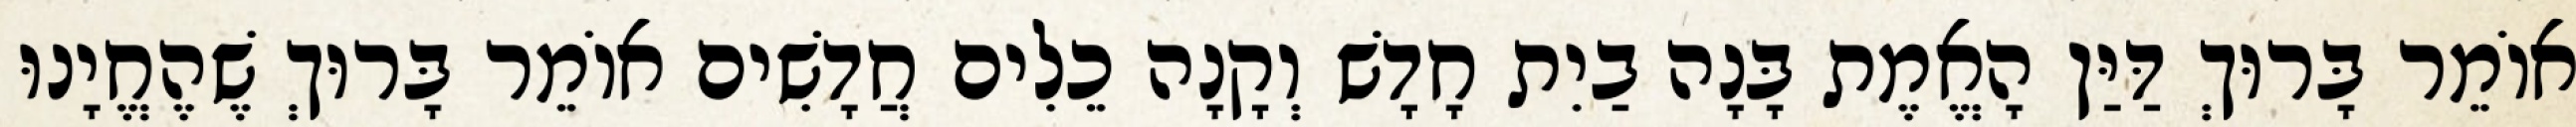
אוֹמֵר בָּרוּךְ דַּיַּן הָאֱמֶת בָּנָה בַיִת חָדָשׁ וְקָנָה כֵלִים חֲדָשִׁים אוֹמֵר בָּרוּךְ שֶׁהֶחֱיָנוּ